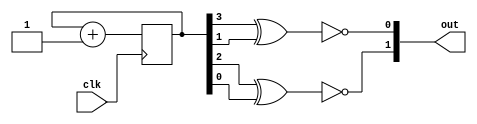
module random (clk, out);

	input clk;
	output [1:0] out;
	
	reg [3:0] counter;
	
	always @ (posedge clk) begin
		counter <= counter + 4'd1;
	end
	
	xnor(out[0], counter[3], counter[1]);
	xnor(out[1], counter[2], counter[0]);
	
endmodule